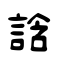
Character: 誝